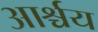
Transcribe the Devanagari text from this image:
आर्श्चय